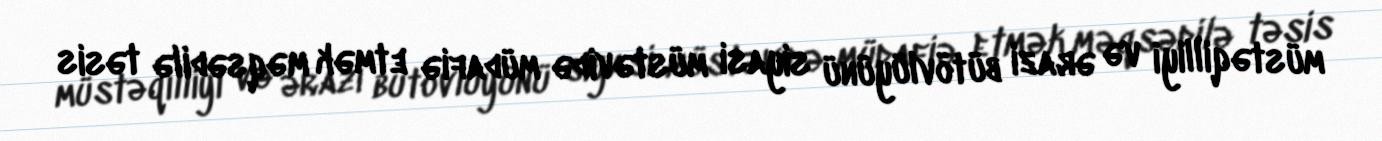
müstəqilliyi və ərazi bütövlüyünü siyasi müstəvidə müdafiə etmək məqsədilə təsis